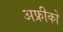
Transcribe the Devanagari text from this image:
अफ्रीको